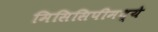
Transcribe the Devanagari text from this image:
मिसिसिपीमध्ये